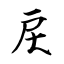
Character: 戻